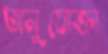
অনুযোক্তা